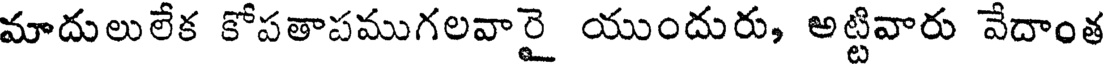
మాదులులేక కోపతాపముగలవారై యుందురు, అట్టివారు వేదాంత